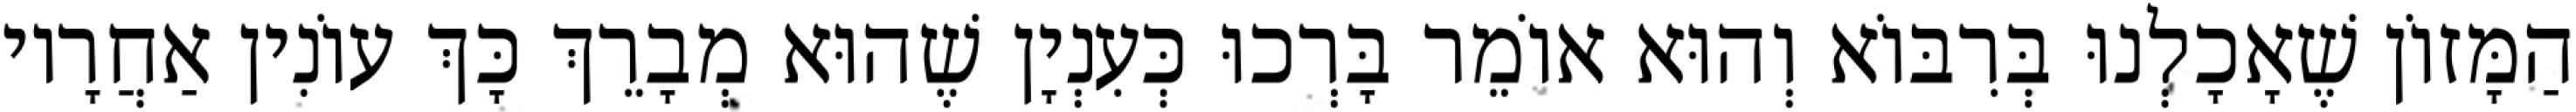
הַמָּזוֹן שֶׁאָכָלְנוּ בְּרִבּוֹא וְהוּא אוֹמֵר בָּרְכוּ כְּעִנְיָן שֶׁהוּא מְבָרֵךְ כָּךְ עוֹנִין אַחֲרָיו